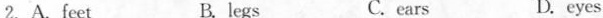
2.A.Feet B. legs C. ears D. eyes